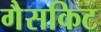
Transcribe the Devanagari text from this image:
गैसकिट